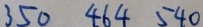
3 5 0 4 6 4 5 4 0